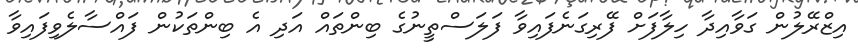
އިޒްރޭލުން ގަވާއިދާ ހިލާފަށް ފޭރިގަނެފައިވާ ފަލަސްތީނުގެ ބިންތައް އަދި އެ ބިންތަކުން ފައްސާލެވިފައިވާ